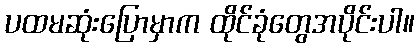
ပထမဆုံးပြောမှာက ထိုင်ခုံတွေအပိုင်းပါ။